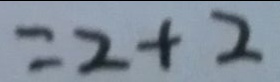
= 2 + 2